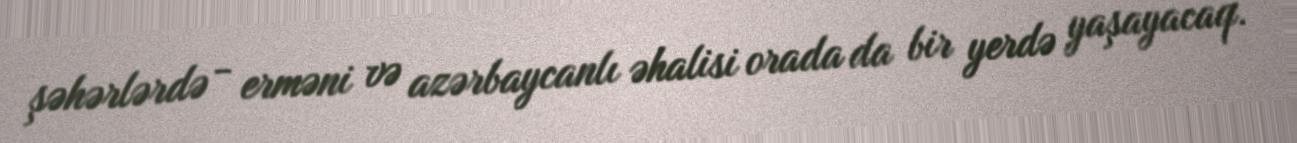
şəhərlərdə - erməni və azərbaycanlı əhalisi orada da bir yerdə yaşayacaq.